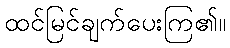
ထင်မြင်ချက်ပေးကြ၏။